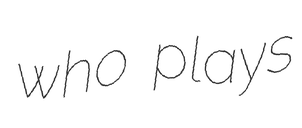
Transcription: who plays